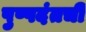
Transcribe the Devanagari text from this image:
पुष्पदंतची